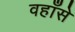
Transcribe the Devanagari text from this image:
वहाँसे